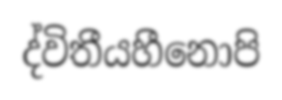
ද්විතීයහීනොපි